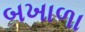
બખાળા